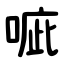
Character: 㖢